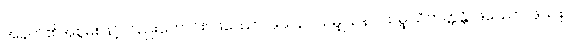
အနက်၏အစွမ်းဖြင့်လည်းကောင်း။ ဖဿော၊ ဖုသနာ သမ္ဖုသနာ သမ္ဖုသိတတ္တန္တိ၊ ဖဿော၊ ဖုသနာ